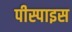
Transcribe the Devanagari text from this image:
पीस्पाइस